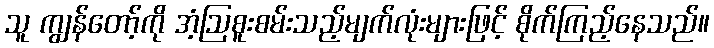
သူ ကျွန်တော့်ကို အံ့ဩစူးစမ်းသည့်မျက်လုံးများဖြင့် စိုက်ကြည့်နေသည်။